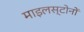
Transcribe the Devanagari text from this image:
माइलस्टोनों